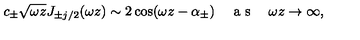
c _ { \pm } \sqrt { \omega z } J _ { \pm j / 2 } ( \omega z ) \sim 2 \cos ( \omega z - \alpha _ { \pm } ) \textrm { \quad a s \quad } \omega z \to \infty ,